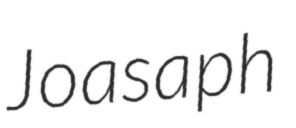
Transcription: Joasaph